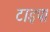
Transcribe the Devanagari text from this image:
टाइप।